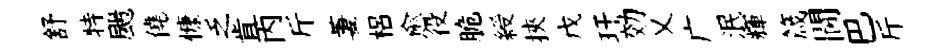
舒特颺僥慷乏肯丙斤萋梠愈役脆綬挾戊玕効乂广泯輝箴閫巴斤